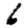
Digit: 6